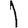
Digit: 1